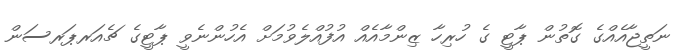
ނަތީޖާއެއްގެ ގޮތުން ޕާޓީ ގެ ހުރިހާ ޒިންމާއެއް އުފުއްލެވުމަށް އެހުންނެވީ ޕާޓީގެ ޗެއަރޕަރސަން